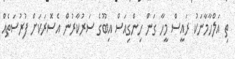
ތި އަލްހާމާނަކު ރައީސް މީހާ ގަން ހިންގިއަސް އިބޫގެ ސަރުކާރުން އެސޮރަކަށް ފުރުސަތެއް